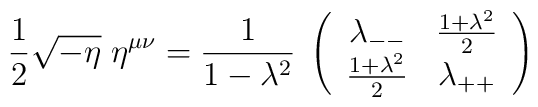
{1\over 2}\sqrt{-\eta}\; \eta^{\mu\nu}= {1\over{1-\lambda^2}}\;\left(\begin{array}{cc}{\lambda_{--}} & {{{1+\lambda^2}\over 2}}\\{{{1+\lambda^2}\over 2}} & {\lambda_{++}}\end{array}\right)